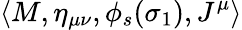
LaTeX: \left<M,\eta_{\mu\nu},\phi_{s}(\sigma_{1}),J^{\mu}\right>